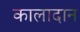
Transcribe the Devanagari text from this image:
कालादान